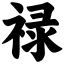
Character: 禄